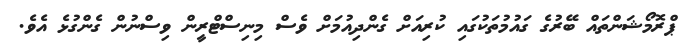
ޕްރޮމޯޝަންތައް ބޭރުގެ ގައުމުތަކުގައި ކުރިއަށް ގެންދިއުމަށް ވެސް މިނިސްޓްރީން ވިސްނުން ގެންގުޅެ އެވެ.